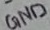
Text: GND